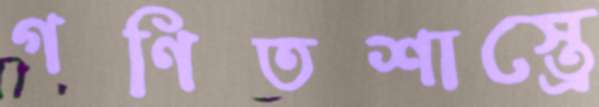
গণিতশাস্ত্রে